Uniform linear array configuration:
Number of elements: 16
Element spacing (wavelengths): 0.25
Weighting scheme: hamming
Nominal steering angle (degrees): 45
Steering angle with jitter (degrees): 45.388
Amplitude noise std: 0.05
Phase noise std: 0.05

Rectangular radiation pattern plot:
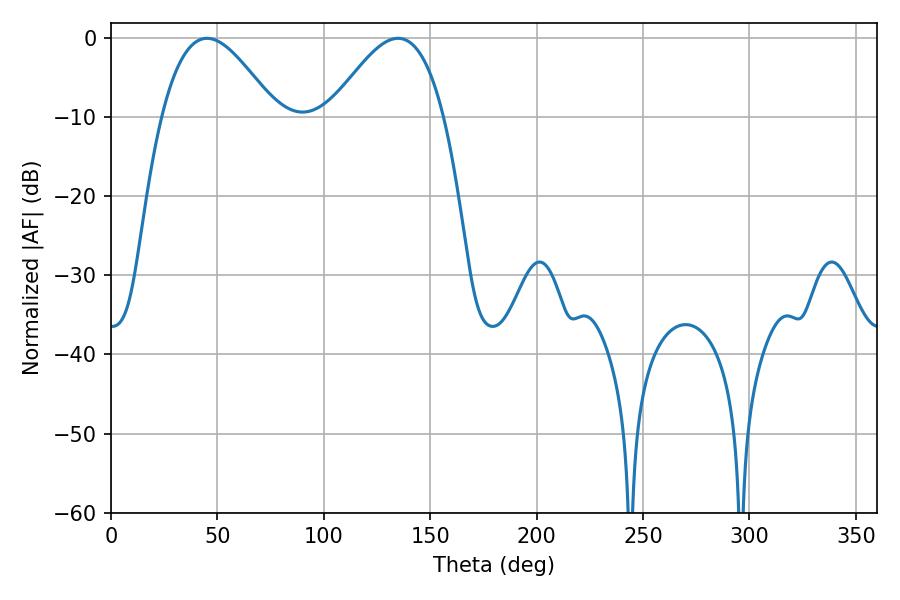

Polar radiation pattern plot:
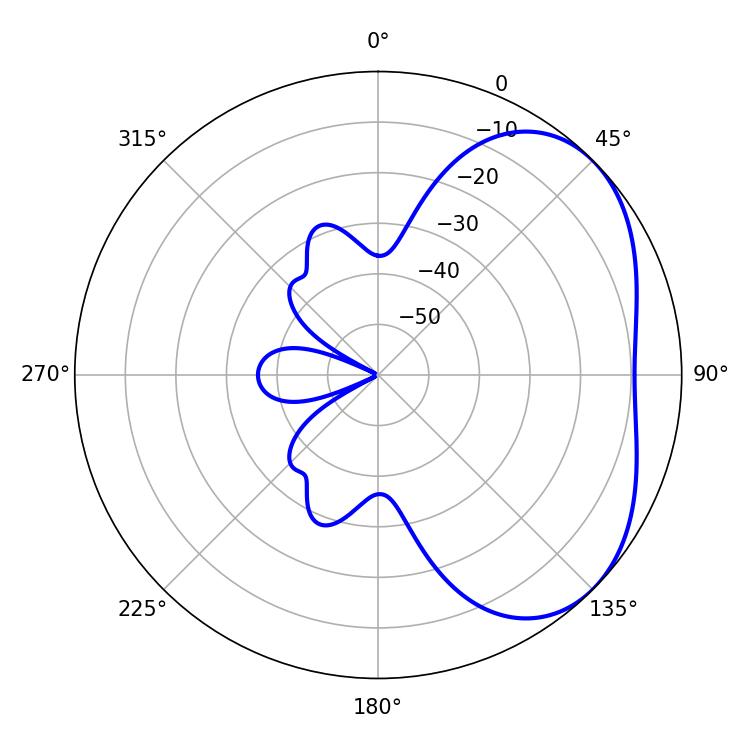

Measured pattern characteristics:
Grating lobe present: FALSE
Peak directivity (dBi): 3.749
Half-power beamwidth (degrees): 28.8
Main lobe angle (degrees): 45.18